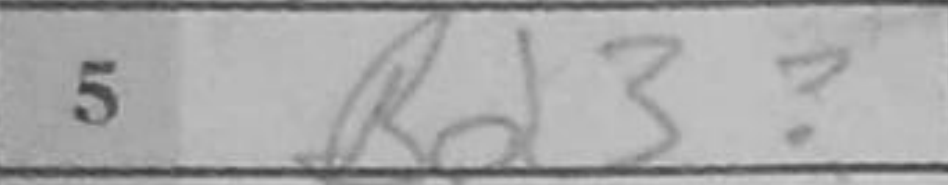
Transcription: Bd3